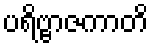
ပရိဗ္ဗာဇကာတိ